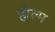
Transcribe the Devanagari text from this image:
होल्म